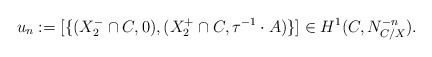
\begin{align*}u_n:=[\{(X^-_2\cap C, 0), (X^+_2\cap C, \tau^{-1}\cdot A)\}]\in H^1(C, N_{C/X}^{-n}). \end{align*}